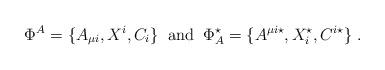
LaTeX: \begin{align*}\Phi^{A}=\{A_{\mu i},X^{i},C_{i}\}\;\;{\rm and}\;\;\Phi^{\star}_{A}=\{A^{\mu i\star},X^{\star}_{i},C^{i\star}\}\;.\end{align*}